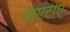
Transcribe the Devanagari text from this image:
आएटीए